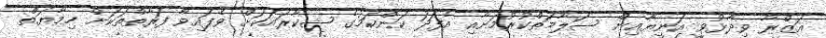
އަޒްރާ ވިދާޅުވީ އަނިޔާއިން ސަލާމަތްކުރުމަށާއި އެފަދަ ކަންކަމުގެ ޝިކާރައަކަށް ވެފައިވާ ފަރާތްތަކަށް ހިމާޔަތް